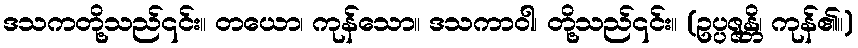
ဒသကတို့သည်၎င်း။ တယော၊ ကုန်သော။ ဒသကာဝါ၊ တို့သည်၎င်း။ (ဥပ္ပဇ္ဇန္တိ၊ ကုန်၏။)